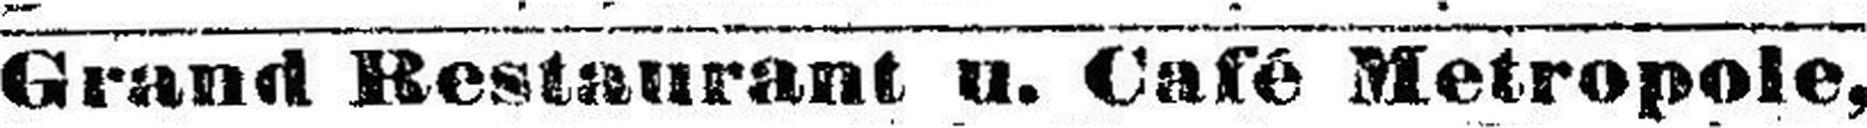
Grand Restaurant u. Café Metropole,